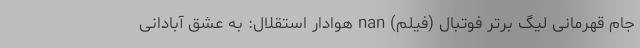
جام قهرمانی لیگ برتر فوتبال (فیلم) nan هوادار استقلال: به عشق آبادانی